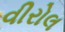
વીરોલ